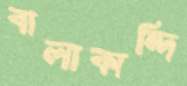
বালাকান্দি